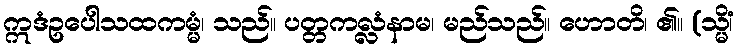
ဣဒံဥပေါသထကမ္မံ၊ သည်။ ပတ္တကလ္လံနာမ၊ မည်သည်။ ဟောတိ၊ ၏။ (သ္မိံ၊